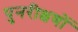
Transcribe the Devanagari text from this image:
पुनरीक्षणों